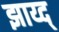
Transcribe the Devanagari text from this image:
झाय्द्